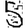
Digit: 5